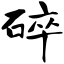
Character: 碎